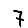
Digit: 7